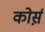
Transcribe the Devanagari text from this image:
कोर्स़